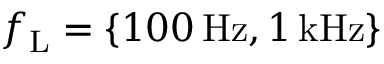
f _ { \mathrm { L } } = \{ 1 0 0 \, \mathrm { H z } , 1 \, \mathrm { k H z } \}